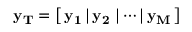
\bf y _ { T } = \left[ \, \bf y _ { 1 } \, | \, \bf y _ { 2 } \, \, | \cdots | \, \bf y _ { M } \, \right]